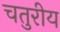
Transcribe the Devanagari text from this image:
चतुरीय